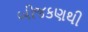
બીજકણથી